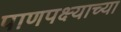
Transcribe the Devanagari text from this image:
पाणपक्ष्याच्या